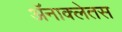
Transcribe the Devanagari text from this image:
अॅनाक्लेतस